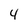
Character: 4